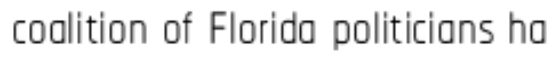
coalition of Florida politicians ha